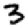
Digit: 3